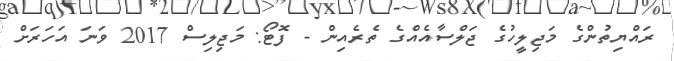
ރައްޔިތުންގެ މަޖިލީހުގެ ޖަލްސާއެއްގެ ތެރެއިން - ފޮޓޯ: މަޖިލިސް 2017 ވަނަ އަހަރަށް